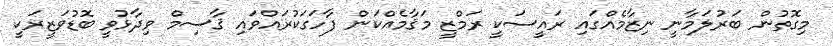
މިގޮތުން ބަރުލަމާނީ ނިޒާމެއްގައި ރައީސަކީ ރަމްޒީ މަޤާމެއްކަން ފާހަގަކުރައްވައި ޤާސިމް ވިދާޅުވީ ބޮޑުވަޒީރަކީ